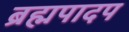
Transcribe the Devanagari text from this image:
ब्रह्मपादप